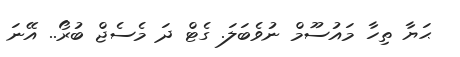
ޙަޔާ ތިހާ މައުސޫމް ނުވެބަލަ. ގެޓް ދަ މެސެޖް ބުރޯ.. އޭނަ